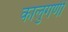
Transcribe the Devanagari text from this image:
कालुगणी